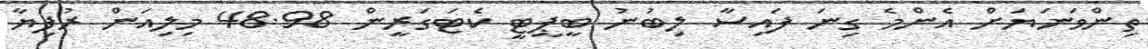
ތިންވަނަޔަށް އެންމެ ގިނަ ފައިސާ ލިބުނު ބީޕީޓީ ކެޓަގަރީން 48.98 މިލިއަން ރުފިޔާ